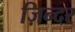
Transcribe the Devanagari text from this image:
ज़िन्दर